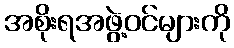
အစိုးရအဖွဲ့ဝင်များကို